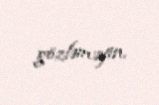
gözləməyin.